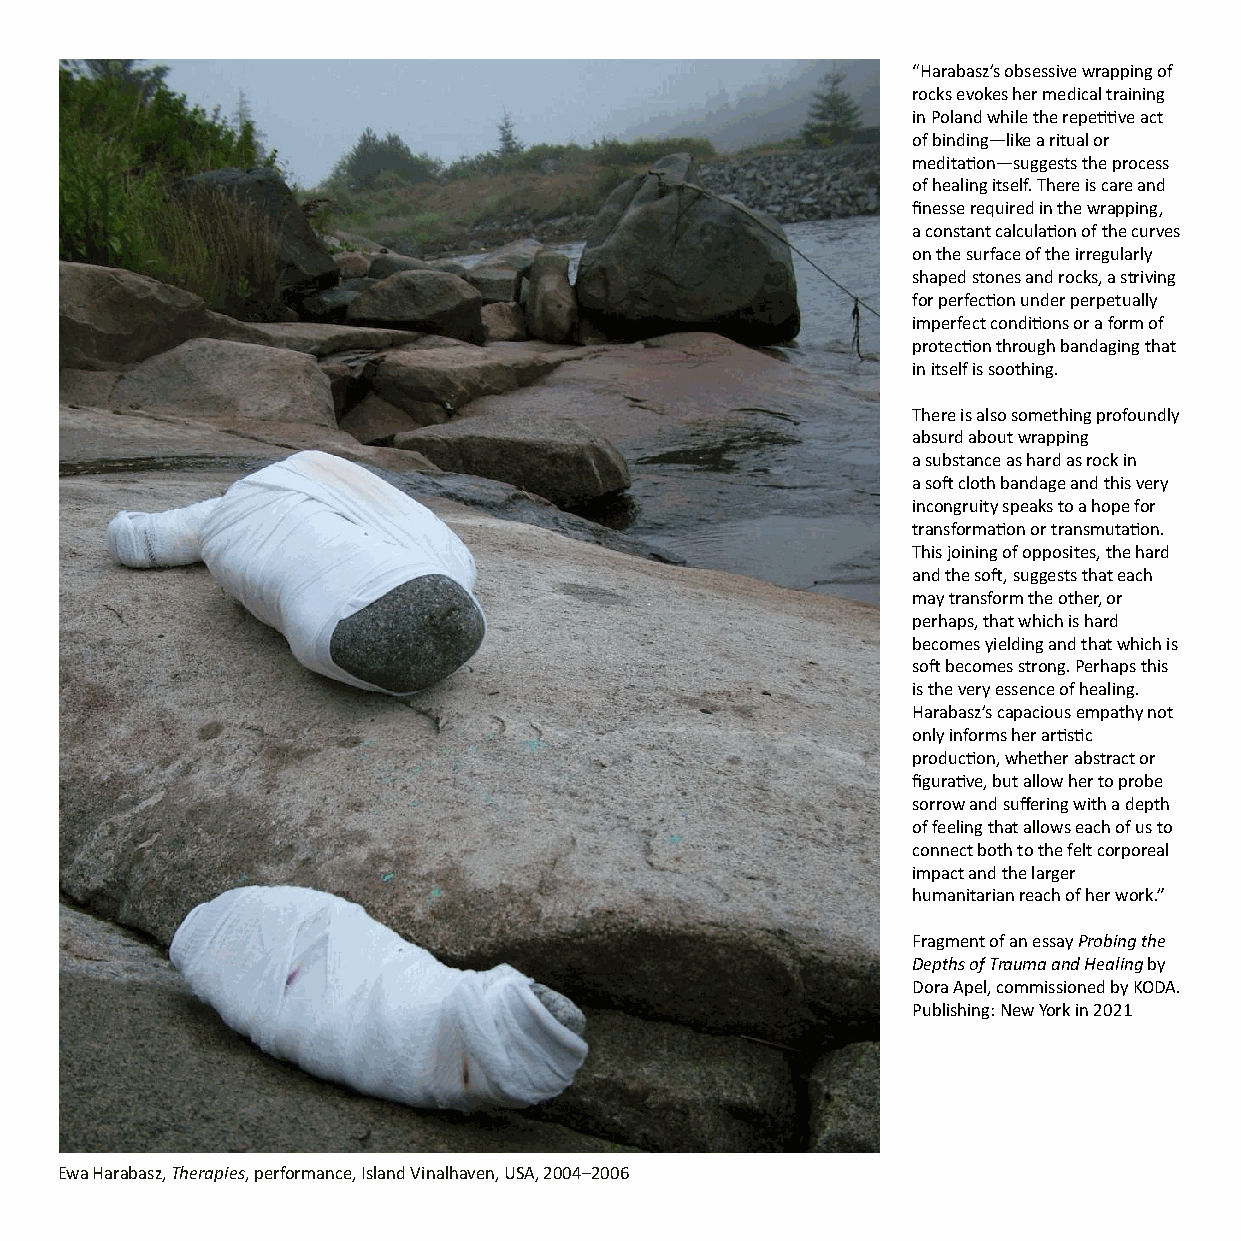
“Harabasz’s obsessive wrapping of
 rocks evokes her medical training
 in Poland while the repeve act
 of binding—like a ritual or
 meditaon—suggests the process
 of healing itself. There is care and
 finesse required in the wrapping,
 a constant calculaon of the curves
 on the surface of the irregularly
 shaped stones and rocks, a striving
 for perfecon under perpetually
 imperfect condions or a form of
 protecon through bandaging that
 in itself is soothing.
 There is also something profoundly
 absurd about wrapping
 a substance as hard as rock in
 a so cloth bandage and this very
 incongruity speaks to a hope for
 transformaon or transmutaon.
 This joining of opposites, the hard
 and the so, suggests that each
 may transform the other, or
 perhaps, that which is hard
 becomes yielding and that which is
 so becomes strong. Perhaps this
 is the very essence of healing.
 Harabasz’s capacious empathy not
 only informs her arsc
 producon, whether abstract or
 figurave, but allow her to probe
 sorrow and suffering with a depth
 of feeling that allows each of us to
 connect both to the felt corporeal
 impact and the larger
 humanitarian reach of her work.”
 Fragment of an essay Probing the
 Depths of Trauma and Healing by
 Dora Apel, commissioned by KODA.
 Publishing: New York in 2021
 Ewa Harabasz, Therapies, performance, Island Vinalhaven, USA, 2004–2006